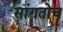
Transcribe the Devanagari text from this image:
सांगतोच